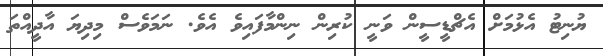
ޔުނިޓު އެޅުމަށް އެޗްޑީސީން ވަނީ ކުރިން ނިންމާފައިވެ އެވެ. ނަމަވެސް މިދިޔަ އާދީއްތަ